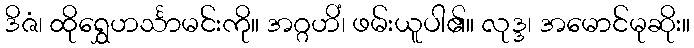
ဒိဇံ၊ ထိုရွှေဟင်္သာမင်းကို။ အဂ္ဂဟိံ၊ ဖမ်းယူပါ၏။ လုဒ္ဒ၊ အမောင်မုဆိုး။